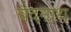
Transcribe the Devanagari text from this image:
वैदनाथ